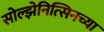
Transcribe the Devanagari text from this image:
सोल्झेनित्सिनच्या